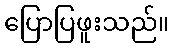
ပြောပြဖူးသည်။